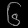
Digit: ၆